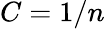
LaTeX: C=1/n